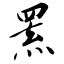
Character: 罴